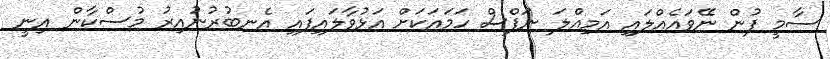
ސާމީ ފުން ނޭވައެއްލައި އަމިއްލަ ނަފްސް ހަމައަކަށް އަޅުވާލައިފައި އެނބުރުނުއިރު މުސްކާން އިނީ